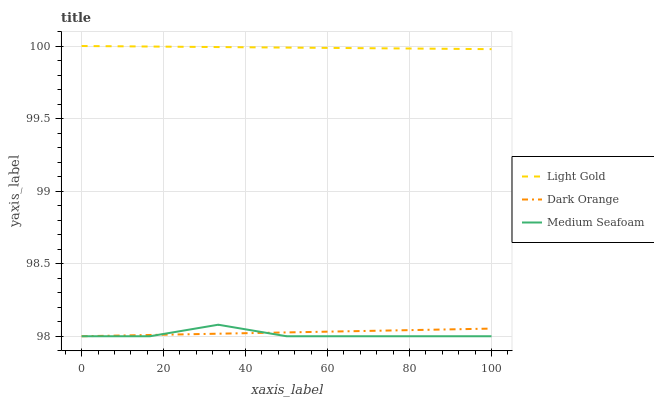
| xaxis_label | Light Gold | Dark Orange | Medium Seafoam |
 | --- | --- | --- | --- |
 | 0 | 100 | 98 | 98 |
 | 16.7 | 100 | 98 | 98 |
 | 33.3 | 100 | 98 | 98.1 |
 | 50 | 100 | 98 | 98 |
 | 66.7 | 100 | 98 | 98 |
 | 83.3 | 100 | 98 | 98 |
 | 100 | 100 | 98.1 | 98 |